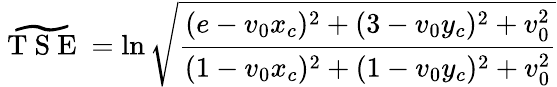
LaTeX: \widetilde{\mathrm{~T~S~E~}}=\ln\sqrt{\frac{(e-v_{0}x_{c})^{2}+(3-v_{0}y_{c})^{2}+v_{0}^{2}}{(1-v_{0}x_{c})^{2}+(1-v_{0}y_{c})^{2}+v_{0}^{2}}}